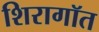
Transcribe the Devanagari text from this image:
शिरागॉत